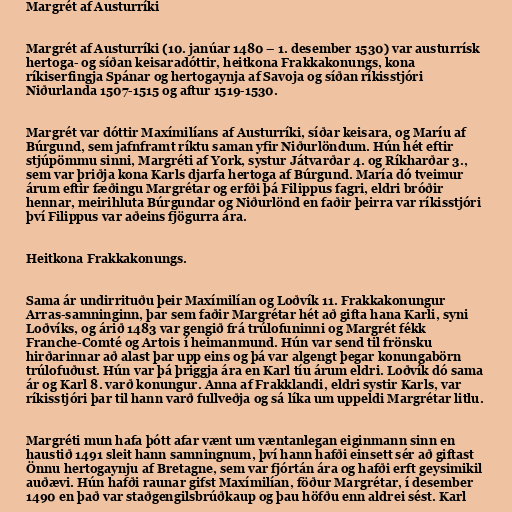
Margrét af Austurríki

Margrét af Austurríki (10. janúar 1480 – 1. desember 1530) var austurrísk
hertoga- og síðan keisaradóttir, heitkona Frakkakonungs, kona
ríkiserfingja Spánar og hertogaynja af Savoja og síðan ríkisstjóri
Niðurlanda 1507-1515 og aftur 1519-1530.

Margrét var dóttir Maxímilíans af Austurríki, síðar keisara, og Maríu af
Búrgund, sem jafnframt ríktu saman yfir Niðurlöndum. Hún hét eftir
stjúpömmu sinni, Margréti af York, systur Játvarðar 4. og Ríkharðar 3.,
sem var þriðja kona Karls djarfa hertoga af Búrgund. María dó tveimur
árum eftir fæðingu Margrétar og erfði þá Filippus fagri, eldri bróðir
hennar, meirihluta Búrgundar og Niðurlönd en faðir þeirra var ríkisstjóri
því Filippus var aðeins fjögurra ára.

Heitkona Frakkakonungs.

Sama ár undirrituðu þeir Maxímilían og Loðvík 11. Frakkakonungur
Arras-samninginn, þar sem faðir Margrétar hét að gifta hana Karli, syni
Loðvíks, og árið 1483 var gengið frá trúlofuninni og Margrét fékk
Franche-Comté og Artois í heimanmund. Hún var send til frönsku
hirðarinnar að alast þar upp eins og þá var algengt þegar konungabörn
trúlofuðust. Hún var þá þriggja ára en Karl tíu árum eldri. Loðvík dó sama
ár og Karl 8. varð konungur. Anna af Frakklandi, eldri systir Karls, var
ríkisstjóri þar til hann varð fullveðja og sá líka um uppeldi Margrétar litlu.

Margréti mun hafa þótt afar vænt um væntanlegan eiginmann sinn en
haustið 1491 sleit hann samningnum, því hann hafði einsett sér að giftast
Önnu hertogaynju af Bretagne, sem var fjórtán ára og hafði erft geysimikil
auðævi. Hún hafði raunar gifst Maxímilían, föður Margrétar, í desember
1490 en það var staðgengilsbrúðkaup og þau höfðu enn aldrei sést. Karl